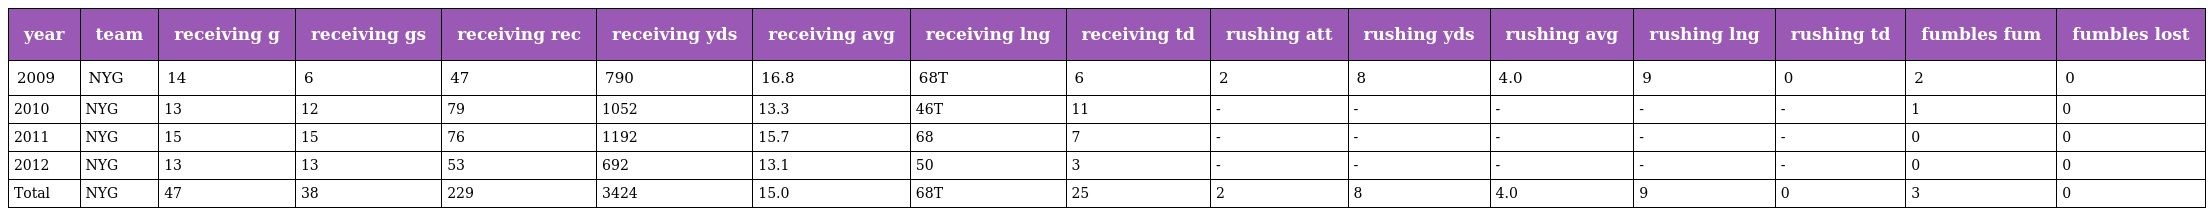
| year | team | receiving g | receiving gs | receiving rec | receiving yds | receiving avg | receiving lng | receiving td | rushing att | rushing yds | rushing avg | rushing lng | rushing td | fumbles fum | fumbles lost |
 | --- | --- | --- | --- | --- | --- | --- | --- | --- | --- | --- | --- | --- | --- | --- | --- |
 | 2009 | NYG | 14 | 6 | 47 | 790 | 16.8 | 68T | 6 | 2 | 8 | 4.0 | 9 | 0 | 2 | 0 |
 | 2010 | NYG | 13 | 12 | 79 | 1052 | 13.3 | 46T | 11 | - | - | - | - | - | 1 | 0 |
 | 2011 | NYG | 15 | 15 | 76 | 1192 | 15.7 | 68 | 7 | - | - | - | - | - | 0 | 0 |
 | 2012 | NYG | 13 | 13 | 53 | 692 | 13.1 | 50 | 3 | - | - | - | - | - | 0 | 0 |
 | Total | NYG | 47 | 38 | 229 | 3424 | 15.0 | 68T | 25 | 2 | 8 | 4.0 | 9 | 0 | 3 | 0 |